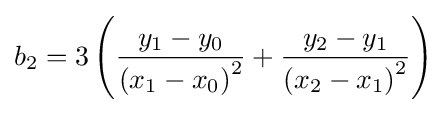
b_{2}=3\left({\frac {y_{1}-y_{0}}{{(x_{1}-x_{0})}^{2}}}+{\frac {y_{2}-y_{1}}{{(x_{2}-x_{1})}^{2}}}\right)